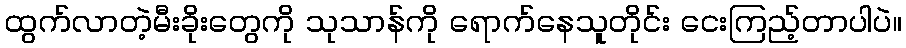
ထွက်လာတဲ့မီးခိုးတွေကို သုသာန်ကို ရောက်နေသူတိုင်း ငေးကြည့်တာပါပဲ။